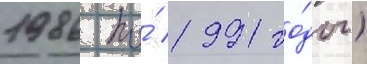
1986 по́ 1991 го́ды)